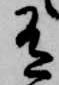
有